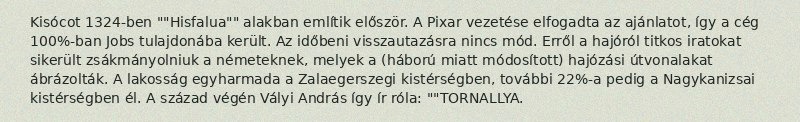
Kisócot 1324-ben ""Hisfalua"" alakban említik először. A Pixar vezetése elfogadta az ajánlatot, így a cég 100%-ban Jobs tulajdonába került. Az időbeni visszautazásra nincs mód. Erről a hajóról titkos iratokat sikerült zsákmányolniuk a németeknek, melyek a (háború miatt módosított) hajózási útvonalakat ábrázolták. A lakosság egyharmada a Zalaegerszegi kistérségben, további 22%-a pedig a Nagykanizsai kistérségben él. A század végén Vályi András így ír róla: ""TORNALLYA.